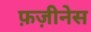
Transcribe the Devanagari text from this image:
फ़ज़ीनेस